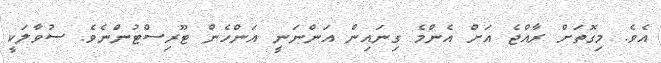
އެވެ. މިގޮތަށް ރާއްޖެ އަށް އެންމެ ގިނައިން އަންނަނީ އަންހެން ޓޫރިސްޓުންނެވެ. ސުވާލަކީ